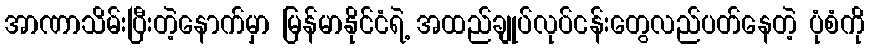
အာဏာသိမ်းပြီးတဲ့နောက်မှာ မြန်မာနိုင်ငံရဲ့ အထည်ချုပ်လုပ်ငန်းတွေလည်ပတ်နေတဲ့ ပုံစံကို